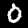
Digit: 0